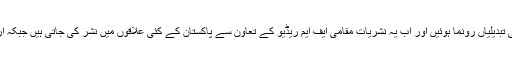
جوں جوں ریڈیو نے اپنی شکل تبدیل کی اسی طرح ریڈیو چین کی نشریات میں بھی کئی تبدیلیاں رونما ہوئیں اور اب یہ نشریات مقامی ایف ایم ریڈیو کے تعاون سے پاکستان کے کئی علاقوں میں نشر کی جاتی ہیں جبکہ اردو نشریات کے پروگرام انٹرنیٹ اور موبائیل ایپ کی ذریعے بھی سنے جاسکتے ہیں۔